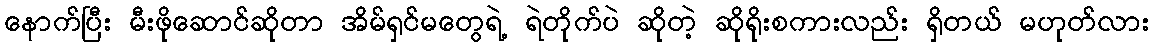
နောက်ပြီး မီးဖိုဆောင်ဆိုတာ အိမ်ရှင်မတွေရဲ့ ရဲတိုက်ပဲ ဆိုတဲ့ ဆိုရိုးစကားလည်း ရှိတယ် မဟုတ်လား